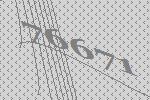
76671